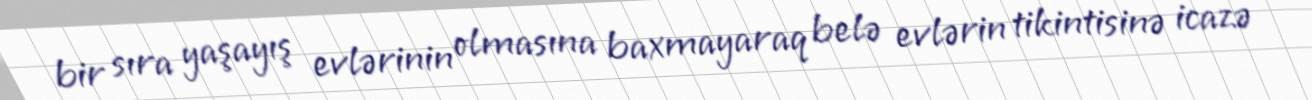
bir sıra yaşayış evlərinin olmasına baxmayaraq belə evlərin tikintisinə icazə